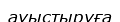
ауыстыруға